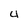
Character: 4